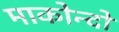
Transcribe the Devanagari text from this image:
माकोन्दो